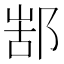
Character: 𨜋